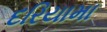
દરિયામા